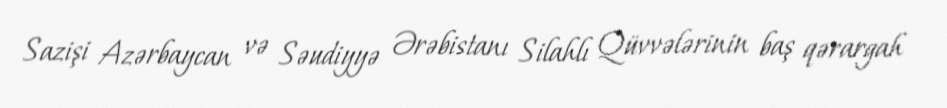
Sazişi Azərbaycan və Səudiyyə Ərəbistanı Silahlı Qüvvələrinin baş qərargah